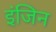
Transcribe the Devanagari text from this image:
इंजिन